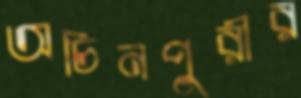
অচিনপুরীর